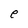
Character: e